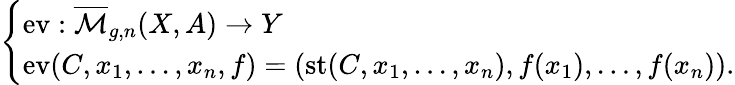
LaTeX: \left\{ \begin{array}{ll}{\mathrm{ev}:{\overline{{\mathcal{M}}}}_{g,n}(X,A)\to Y}\\ {\mathrm{ev}(C,x_{1},\ldots,x_{n},f)=\left(\operatorname{st}(C,x_{1},\ldots,x_{n}),f(x_{1}),\ldots,f(x_{n})\right).}\end{array}\right.